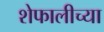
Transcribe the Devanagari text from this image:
शेफालीच्या